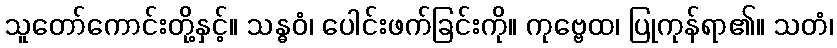
သူတော်ကောင်းတို့နှင့်။ သန္ဓဝံ၊ ပေါင်းဖက်ခြင်းကို။ ကုဗ္ဗေထ၊ ပြုကုန်ရာ၏။ သတံ၊